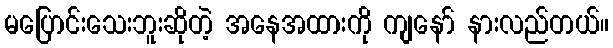
မပြောင်းသေးဘူးဆိုတဲ့ အနေအထားကို ကျနော် နားလည်တယ်။